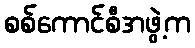
စစ်ကောင်စီအဖွဲ့က